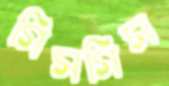
গিসগিস